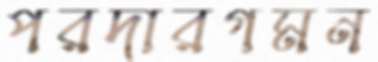
পরদারগমন